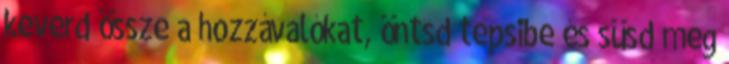
keverd össze a hozzávalókat, öntsd tepsibe és süsd meg